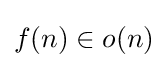
f(n)\in o(n)